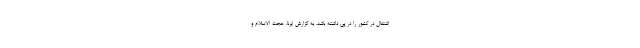
اشتغال در کشور را در پی داشته باشد. به گزارش ایرنا، حجت الاسلام و